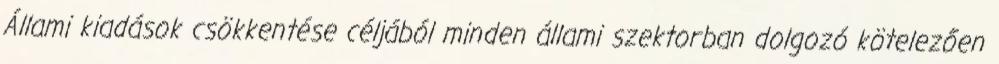
Állami kiadások csökkentése céljából minden állami szektorban dolgozó kötelezően